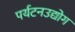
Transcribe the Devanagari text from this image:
पर्यटनउद्योग